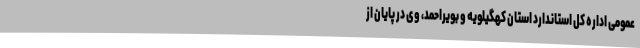
عمومی اداره کل استاندارد استان کهگیلویه و بویراحمد، وی در پایان از